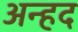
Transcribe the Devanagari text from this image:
अन्‍हद